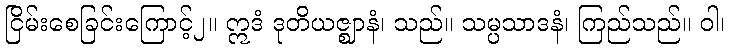
ငြိမ်းစေခြင်းကြောင့်၂။ ဣဒံ ဒုတိယဇ္ဈာနံ၊ သည်။ သမ္ပသာဒနံ၊ ကြည်သည်။ ဝါ၊